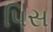
પિસ